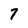
Character: 7